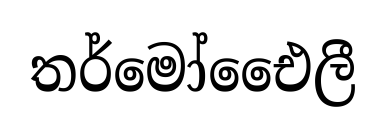
තර්මෝඓෙලී